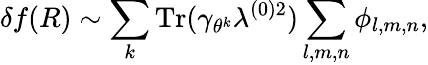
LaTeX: \delta f(R)\sim\sum_{k}\mathrm{Tr}(\gamma_{\theta^{k}}\lambda^{(0)2})\sum_{l,m,n}\phi_{l,m,n},